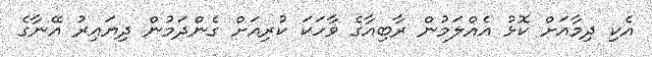
އެކި ދިމާއަށް ކޮޅު އެއްލަމުން ރާބިއާގެ ވާހަކަ ކުރިއަށް ގެންދަމުން ދިޔައިރު އޭނާގެ